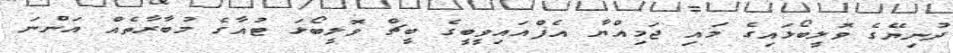
ދުނިޔޭގެ ވޮލީބޯޅައިގެ މައި ޖަމިއްޔާ އެފްއައިވީބީގެ ބީޗް ވޮލީބޯޅަ ޓުއާގެ މުބާރާތެއް އަންނަ